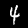
Label: 4